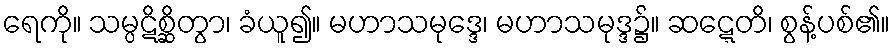
ရေကို။ သမ္ပဋိစ္ဆိတွာ၊ ခံယူ၍။ မဟာသမုဒ္ဒေ၊ မဟာသမုဒ္ဒ၌။ ဆဋ္ဋေတိ၊ စွန့်ပစ်၏။